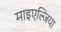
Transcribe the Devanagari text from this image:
माइएल्जिया